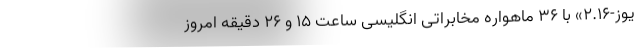
یوز-۲.۱۶» با ۳۶ ماهواره مخابراتی انگلیسی ساعت ۱۵ و ۲۶ دقیقه امروز